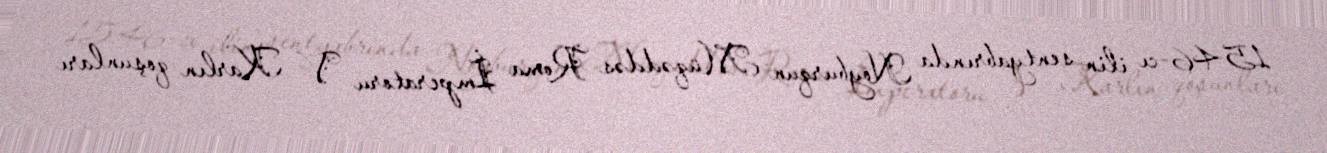
1546-cı ilin sentyabrında Noyburqun Müqəddəs Roma İmperatoru V Karlın qoşunları